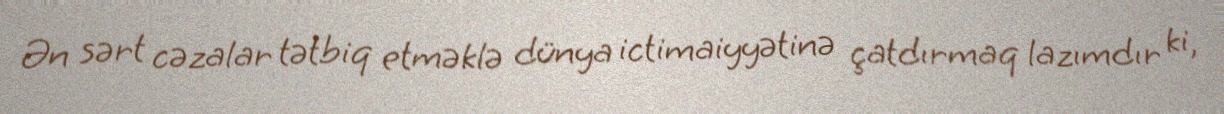
Ən sərt cəzalar tətbiq etməklə dünya ictimaiyyətinə çatdırmaq lazımdır ki,